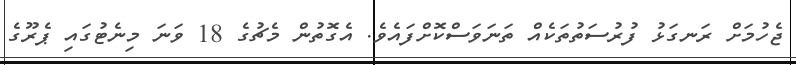
ޖެހުމަށް ރަނގަޅު ފުރުސަތުތަކެއް ތަނަވަސްކޮށްފައެވެ. އެގޮތުން މެޗުގެ 18 ވަނަ މިނެޓުގައި ޕެރޫގެ